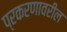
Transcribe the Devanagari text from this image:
प्रकरणावरील